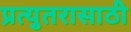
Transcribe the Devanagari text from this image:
प्रत्युतरासाठी